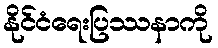
နိုင်ငံရေးပြဿနာကို